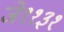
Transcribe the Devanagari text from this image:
जे११३१